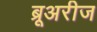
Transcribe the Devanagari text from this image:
ब्रूअरीज